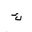
Letter: _kaf